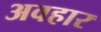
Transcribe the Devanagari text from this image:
अवहार